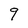
Character: 9